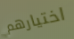
اختيارهم